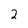
Character: 2